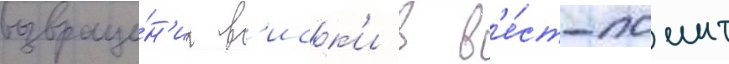
возвраще́н'иа в'иск'и в в'е́ст-поинт